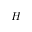
H